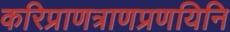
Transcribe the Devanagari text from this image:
करिप्राणत्राणप्रणयिनि